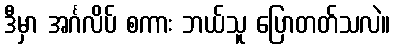
ဒီမှာ အင်္ဂလိပ် စကား ဘယ်သူ ပြောတတ်သလဲ။